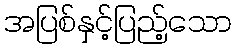
အပြစ်နှင့်ပြည့်သော